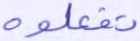
تفعلوه